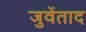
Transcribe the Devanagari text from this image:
जुवेंताद